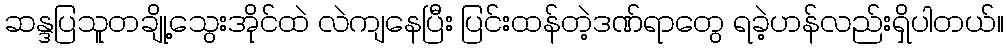
ဆန္ဒပြသူတချို့သွေးအိုင်ထဲ လဲကျနေပြီး ပြင်းထန်တဲ့ဒဏ်ရာတွေ ရခဲ့ဟန်လည်းရှိပါတယ်။